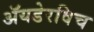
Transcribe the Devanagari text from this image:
ॲयडेरविच